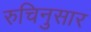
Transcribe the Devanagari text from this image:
रुचिनुसार